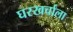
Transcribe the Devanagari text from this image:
घरखर्चाला